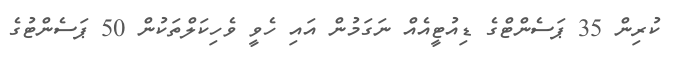
ކުރިން 35 ޕަސެންޓްގެ ޑިއުޓީއެއް ނަގަމުން އައި ހެވީ ވެހިކަލްތަކުން 50 ޕަސެންޓުގެ